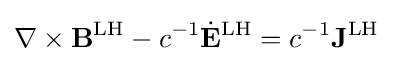
\nabla \times \mathbf {B} ^{\text{LH}}-c^{-1}{\dot {\mathbf {E} }}^{\text{LH}}=c^{-1}\mathbf {J} ^{\text{LH}}